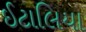
ઈટાલિયા